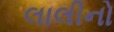
લાલીનો